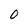
Character: 0